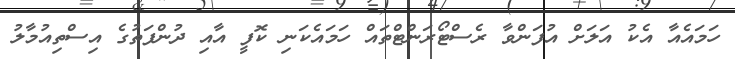
ހަމައެއާ އެކު އަލަށް އުފަންވާ ރެސްޓޯރަންޓްތައް ހަމައެކަނި ކޮފީ އާއި ދުންފަތުގެ އިސްތިއުމާލު